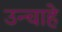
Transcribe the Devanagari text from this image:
उन्चाहे